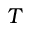
T